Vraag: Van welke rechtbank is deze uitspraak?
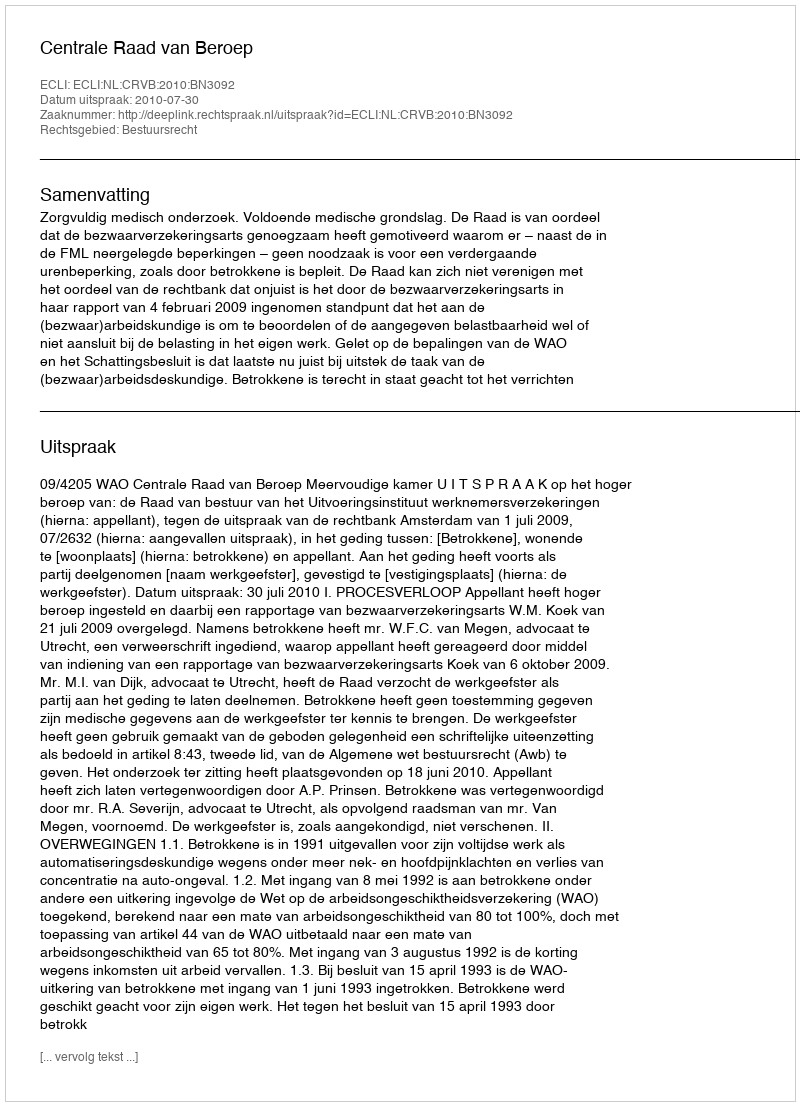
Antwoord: Centrale Raad van Beroep